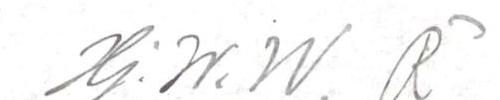
Hj.W.W. R3